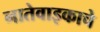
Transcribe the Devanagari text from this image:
नातेवाइकाचे